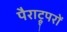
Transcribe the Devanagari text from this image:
पैराट्रूपरों